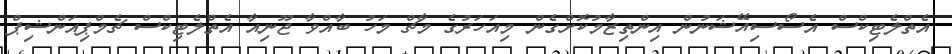
އެތްލެޓިކްސް އެސޯސިއޭޝަނުން އިންތިޒާމުކޮށްގެން މިއަހަރުގެ މާޗް މަހު ބާއްވާ ޖޫނިއާ އެތްލެޓިކްސް ޗެމްޕިއަންޝިޕް